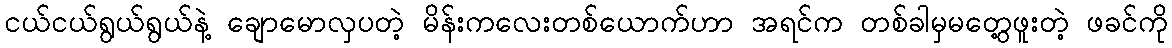
ငယ်ငယ်ရွယ်ရွယ်နဲ့ ချောမောလှပတဲ့ မိန်းကလေးတစ်ယောက်ဟာ အရင်က တစ်ခါမှမတွေ့ဖူးတဲ့ ဖခင်ကို